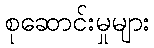
စုဆောင်းမှုများ